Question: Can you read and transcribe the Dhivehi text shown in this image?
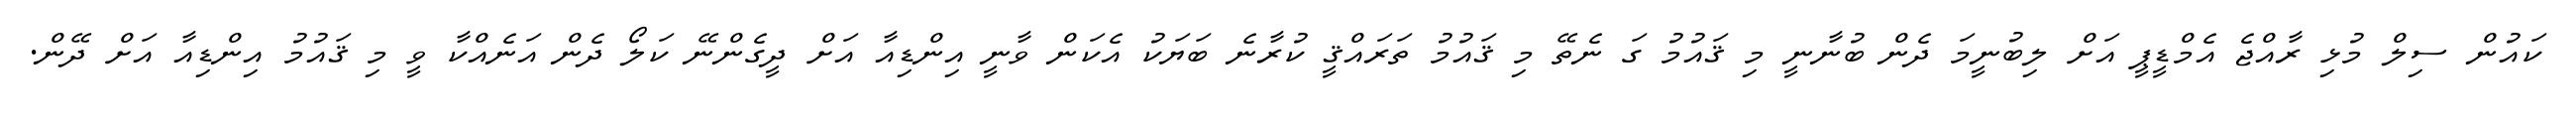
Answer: ކައުން ސިލް މުޅި ރާއްޖެ އެމްޑީޕީ އަށް ލިބުނީމަ ދެން ބުނާނީ މި ޤައުމު ގަ ނެތޭ މި ޤައުމު ތަރައްޤީ ކުރާނެ ބަޔަކު އެކަން ވާނީ އިންޑިއާ އަށް ދީގެންނޭ ކަލޯ ދެން އަނެއްކާ ވީ މި ޤައުމު އިންޑިއާ އަށް ދޭން.